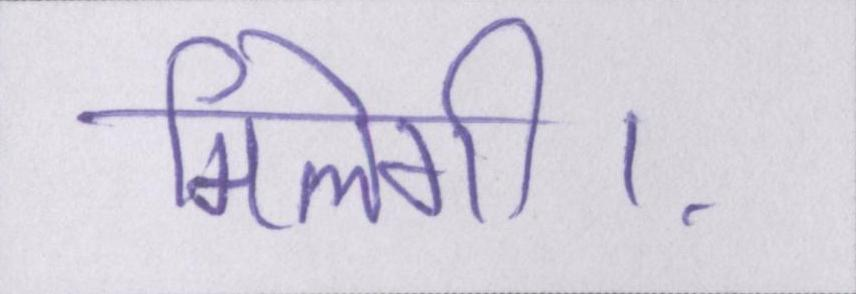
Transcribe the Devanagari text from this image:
मिलेगी।